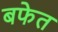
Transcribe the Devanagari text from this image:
बफेत